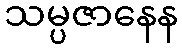
သမ္ပဇာနေန